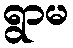
ရွာမ